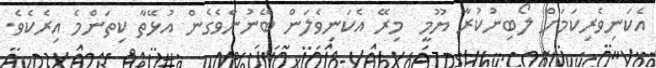
އެކަނިވެރިކަމަށް ލޯބިނުކުރާ ޔޫމީ  މިރޭ އެކަނިވެލަން ބޭނުންވެގެން އުޅޭތާ ކިތަންމެ އިރެކެވެ.